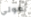
مولي